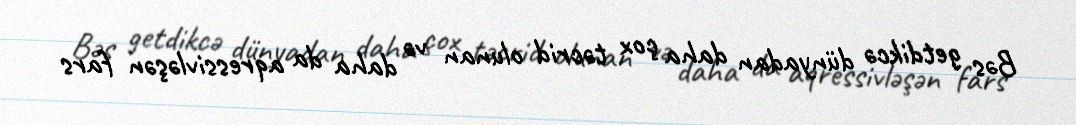
Bəs getdikcə dünyadan daha çox təcrid olunan və daha da aqressivləşən fars